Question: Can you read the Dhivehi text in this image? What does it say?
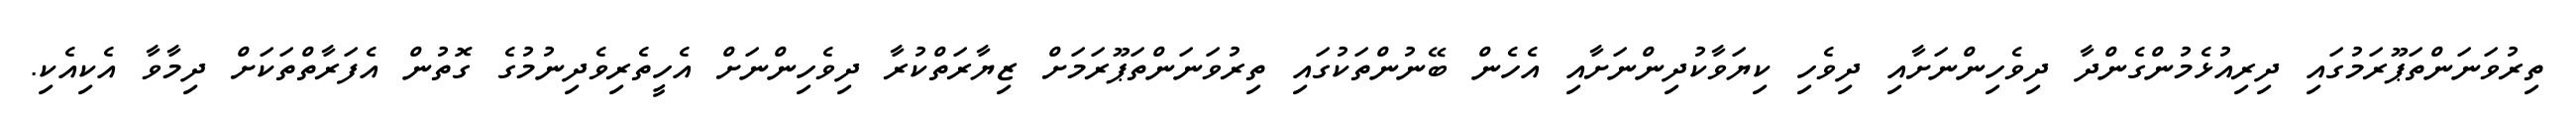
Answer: ތިރުވަނަންތަޕޫރަމުގައި ދިރިއުޅެމުންގެންދާ ދިވެހިންނަށާއި ދިވެހި ކިޔަވާކުދިންނަށާއި އެހެން ބޭނުންތަކުގައި ތިރުވަނަންތަޕޫރަމަށް ޒިޔާރަތްކުރާ ދިވެހިންނަށް އެހީތެރިވެދިނުމުގެ ގޮތުން އެފަރާތްތަކަށް ދިމާވާ އެކިއެކި.